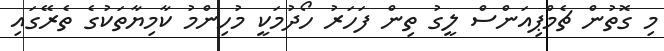
މި ގޮތުން ޗެމްޕިއަންސް ލީގު ތިން ފަހަރު ހޯދުމަކީ މުހިންމު ކާމިޔާތަކުގެ ތެރޭގައި